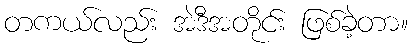
တကယ်လည်း အဲဒီအတိုင်း ဖြစ်ခဲ့တာ။